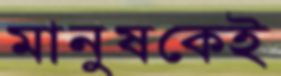
মানুষকেই